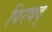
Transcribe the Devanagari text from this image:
पिरषद्